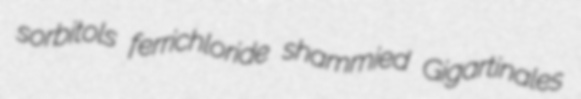
sorbitols ferrichloride shammied Gigartinales